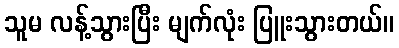
သူမ လန့်သွားပြီး မျက်လုံး ပြူးသွားတယ်။